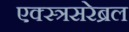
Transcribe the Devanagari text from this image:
एक्स्त्रसरेब्रल